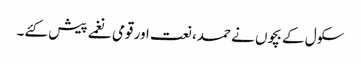
سکول کے بچوں نے حمد، نعت اور قومی نغمے پیش کئے۔